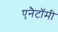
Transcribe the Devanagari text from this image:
एनैटॉमी